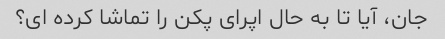
جان، آیا تا به حال اپرای پکن را تماشا کرده ای؟